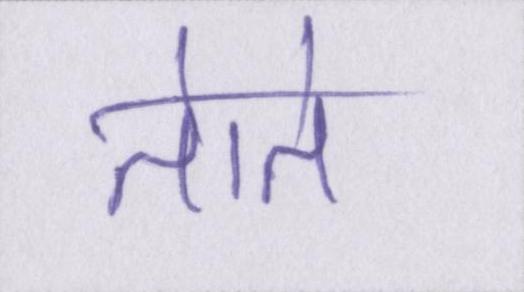
तोते